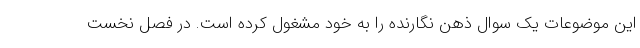
این موضوعات یک سوال ذهن نگارنده را به خود مشغول کرده است. در فصل نخست